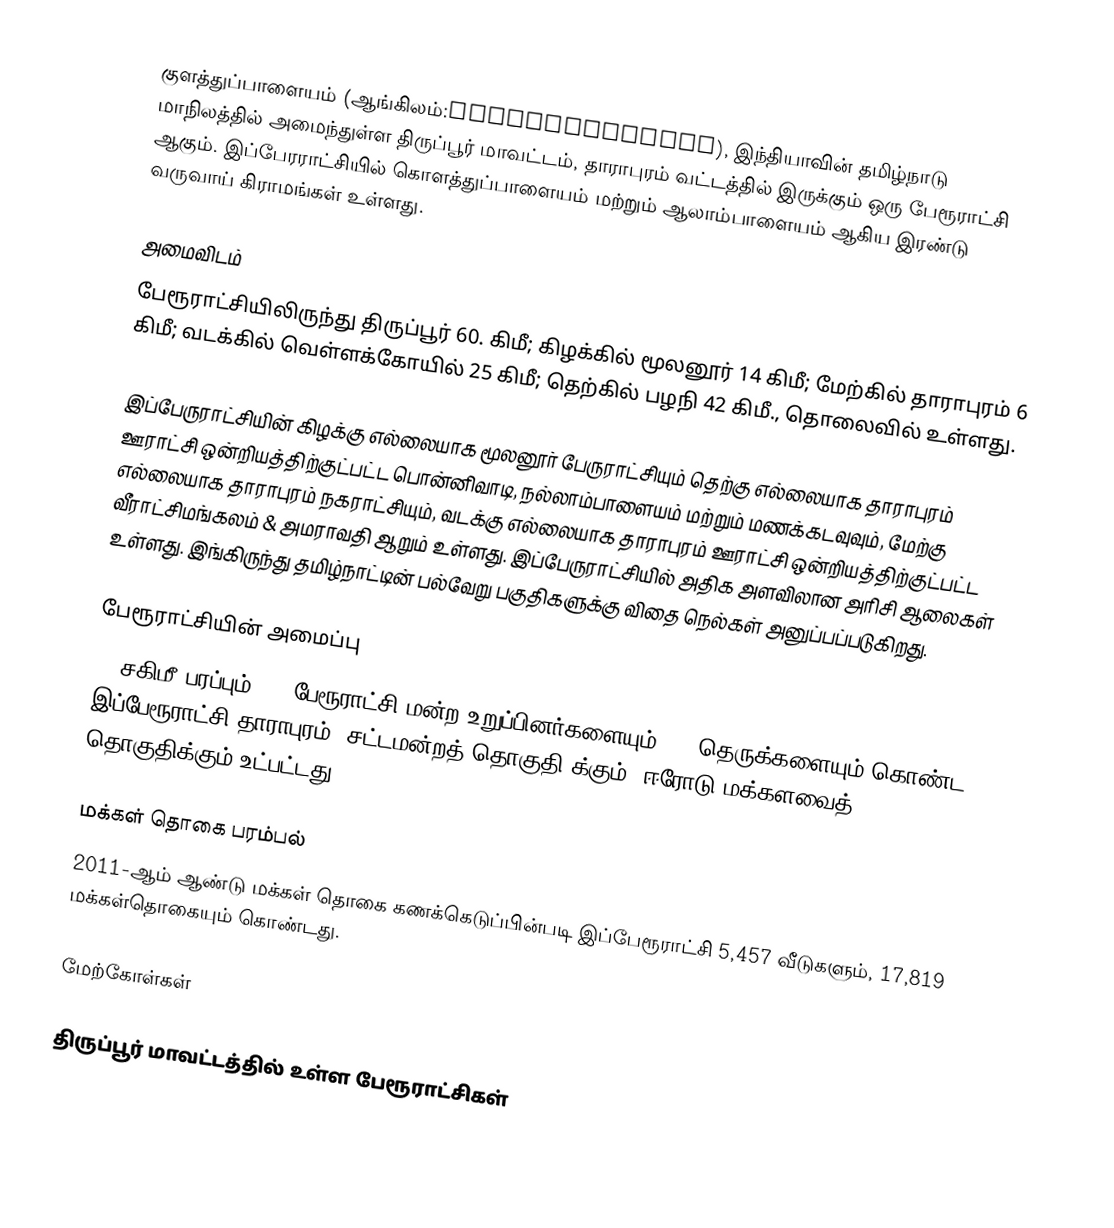
குளத்துப்பாளையம் (ஆங்கிலம்:Kolathupalayam), இந்தியாவின் தமிழ்நாடு மாநிலத்தில் அமைந்துள்ள திருப்பூர் மாவட்டம், தாராபுரம் வட்டத்தில் இருக்கும் ஒரு பேரூராட்சி ஆகும். இப்பேரராட்சியில் கொளத்துப்பாளையம் மற்றும் ஆலாம்பாளையம் ஆகிய இரண்டு வருவாய் கிராமங்கள்  உள்ளது.

அமைவிடம்
பேரூராட்சியிலிருந்து திருப்பூர்   60.  கிமீ; கிழக்கில் மூலனூர் 14 கிமீ; மேற்கில் தாராபுரம் 6 கிமீ; வடக்கில் வெள்ளக்கோயில் 25 கிமீ; தெற்கில் பழநி 42 கிமீ., தொலைவில் உள்ளது.

இப்பேருராட்சியின் கிழக்கு எல்லையாக மூலனூர் பேருராட்சியும் தெற்கு எல்லையாக தாராபுரம் ஊராட்சி ஒன்றியத்திற்குட்பட்ட  பொன்னிவாடி,  நல்லாம்பாளையம் மற்றும் மணக்கடவுவும்,   மேற்கு எல்லையாக தாராபுரம் நகராட்சியும், வடக்கு எல்லையாக தாராபுரம் ஊராட்சி ஒன்றியத்திற்குட்பட்ட வீராட்சிமங்கலம்  & அமராவதி ஆறும் உள்ளது. இப்பேருராட்சியில் அதிக அளவிலான அரிசி ஆலைகள் உள்ளது. இங்கிருந்து தமிழ்நாட்டின் பல்வேறு பகுதிகளுக்கு விதை நெல்கள் அனுப்பப்படுகிறது.

பேரூராட்சியின் அமைப்பு
38 சகிமீ பரப்பும், 18  பேரூராட்சி மன்ற உறுப்பினர்களையும்,   77 தெருக்களையும்   கொண்ட இப்பேரூராட்சி  தாராபுரம்    (சட்டமன்றத் தொகுதி)க்கும், ஈரோடு மக்களவைத் தொகுதிக்கும் உட்பட்டது.

மக்கள் தொகை பரம்பல்
2011-ஆம் ஆண்டு மக்கள் தொகை கணக்கெடுப்பின்படி  இப்பேரூராட்சி  5,457    வீடுகளும்,     17,819 மக்கள்தொகையும் கொண்டது.

மேற்கோள்கள்

திருப்பூர் மாவட்டத்தில் உள்ள பேரூராட்சிகள்